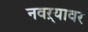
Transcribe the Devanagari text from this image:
नवऱ्यावर